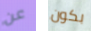
عن بكون